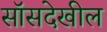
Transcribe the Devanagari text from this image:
सॉसदेखील